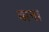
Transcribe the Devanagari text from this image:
बान।